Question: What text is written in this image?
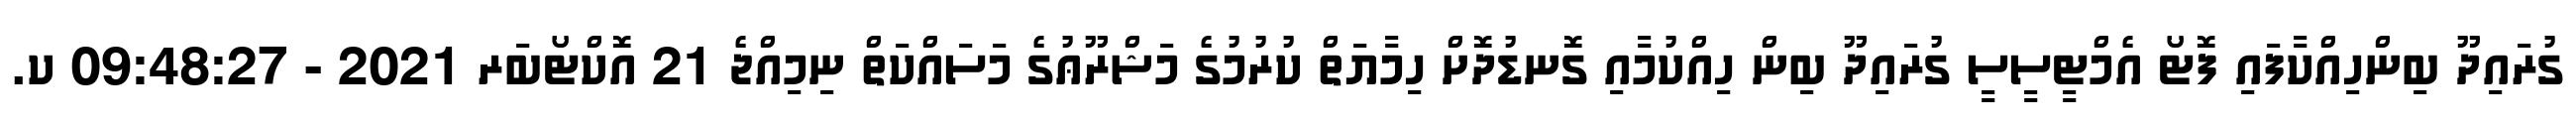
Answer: ގުރައިދޫ ބިންހިއްކާފައި ފޮޓޯ އެމްޓީސީސީ ގުރައިދޫ ބިން ހިއްކުމާއި ގޮނޑުދޮށް ހިމާޔަތް ކުރުމުގެ މަޝްރޫޢުގެ މަސައްކަތް ނިމިއްޖެ 21 އޮކްޓޯބަރ 2021 - 09:48:27 ކ.